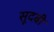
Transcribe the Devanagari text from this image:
सूदबी